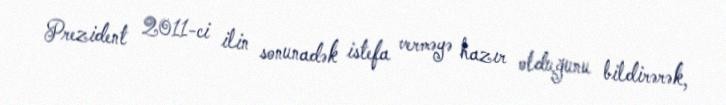
Prezident 2011-ci ilin sonunadək istefa verməyə hazır olduğunu bildirərək,